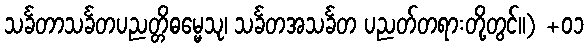
သင်္ခတာသင်္ခတပညတ္တိဓမ္မေသု၊ သင်္ခတအသင်္ခတ ပညတ်တရားတို့တွင်။) +၀၁